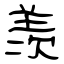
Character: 羡